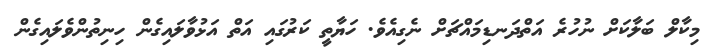
މިކާލް ބަލާކަށް ނުހުރެ އަތްދަނޑިމައްޗަށް ނެގިއެވެ. ހަޔާތީ ކަރުގައި އަތް އަޅުވާލައިގެން ހިނިތުންވެލައިގެން